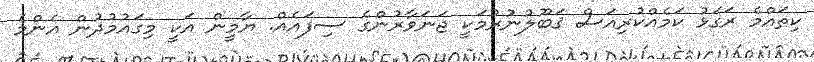
ކިތައްމެ ރަގަޅު ކަމެއްކުރިއަސް ޤަބޫލުނުުރުމަކީ ޖަނަވާރުންގެ ސިފައެއް. ޔާމީން އަކީ މިގައުމުދުން އެންމެ